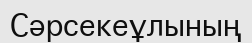
Сәрсекеұлының